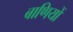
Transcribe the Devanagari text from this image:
बाणियों